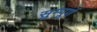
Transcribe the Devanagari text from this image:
सुम्पूर्ण